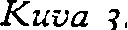
Kuva 3.